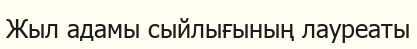
Жыл адамы сыйлығының лауреаты